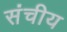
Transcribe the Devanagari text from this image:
संचीय